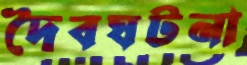
দৈবঘটনা